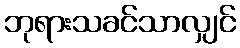
ဘုရားသခင်သာလျှင်